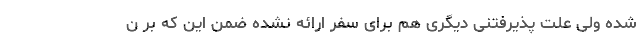
شده ولی علت پذیرفتنی دیگری هم برای سفر ارائه نشده ضمن این که بر ن